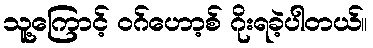
သူ့ကြောင့် ဝဂ်ဟော့စ် ဂိုးရခဲ့ပါတယ်။